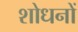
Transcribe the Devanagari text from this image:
शोधनों